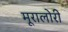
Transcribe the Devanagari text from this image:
मूरालोरी